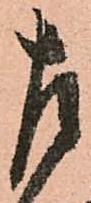
左